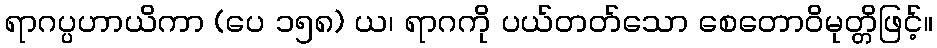
ရာဂပ္ပဟာယိကာ (ပေ ၁၅၈) ယ၊ ရာဂကို ပယ်တတ်သော စေတောဝိမုတ္တိဖြင့်။